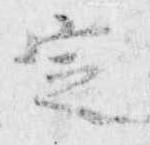
定